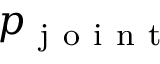
p _ { \mathrm { ~ j ~ o ~ i ~ n ~ t ~ } }